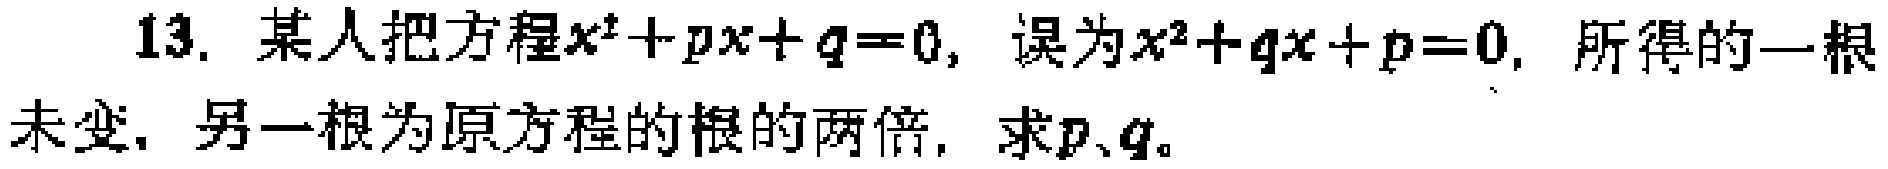
13. 某人把方程\(x^{2}+px + q = 0\)，误为\(x^{2}+qx + p = 0\)，所得的一根未变，另一根为原方程的根的两倍，求\(p、q\)。